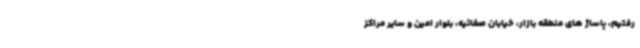
رفتیم، پاساژ های منطقه بازار، خیابان صفائیه، بلوار امین و سایر مراکز